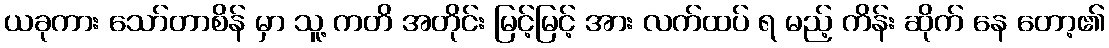
ယခုကား သော်တာစိန် မှာ သူ့ ကတိ အတိုင်း မြင့်မြင့် အား လက်ထပ် ရ မည့် ကိန်း ဆိုက် နေ တော့၏